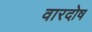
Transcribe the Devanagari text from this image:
वारदोष